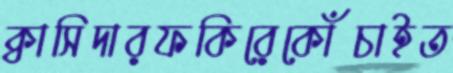
ক্বাসিদারফকিরেকোঁচাইত